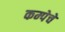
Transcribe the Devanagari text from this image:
कम्पेचे